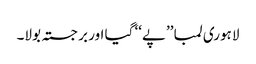
لاہوری لمبا ’’پے‘‘ گیا اور برجستہ بولا۔